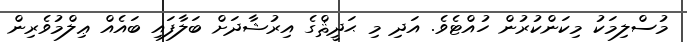
މުސްލިމަކު މިކަންކުރުން ހުއްޓެވެ. އަދި މި ޙަދީޘްގެ އިރުޝާދަށް ބަލާފައި ބައެއް ޢިލްމުވެރިން